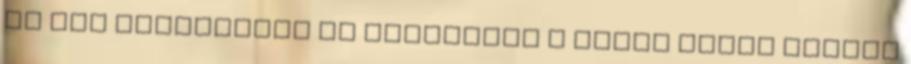
ki nem ebrudalták az olaszokat a sokak által fekete